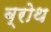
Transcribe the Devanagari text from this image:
ब्रोथ